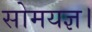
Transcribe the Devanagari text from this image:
सोमयज्ञ।